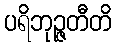
ပရိဘုဉ္ဇတီတိ